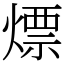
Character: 熛